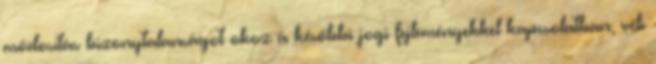
módosítás bizonytalanságot okoz a későbbi jogi fejleményekkel kapcsolatban, véli